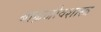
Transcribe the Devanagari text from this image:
बाह्यजीवशास्त्र